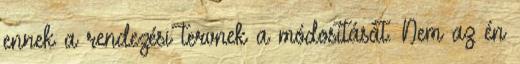
ennek a rendezési tervnek a módosítását. Nem az én